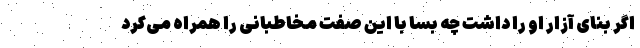
اگر بنای آزار او را داشت چه بسا با این صفت مخاطبانی را همراه می‌کرد